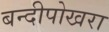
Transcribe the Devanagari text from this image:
बन्दीपोखरा